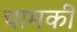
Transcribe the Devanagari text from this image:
चामकी